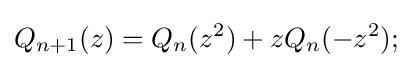
Q_{n+1}(z)=Q_{n}(z^{2})+zQ_{n}(-z^{2});